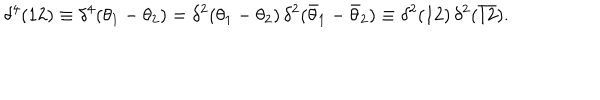
LaTeX: \delta ^ { 4 } ( 1 2 ) \equiv \delta ^ { 4 } ( \theta _ { 1 } - \theta _ { 2 } ) = \delta ^ { 2 } ( \theta _ { 1 } - \theta _ { 2 } ) \, \delta ^ { 2 } ( \bar { \theta } _ { 1 } - \bar { \theta } _ { 2 } ) \equiv \delta ^ { 2 } ( 1 2 ) \, \delta ^ { 2 } ( \bar { 1 } \bar { 2 } ) .